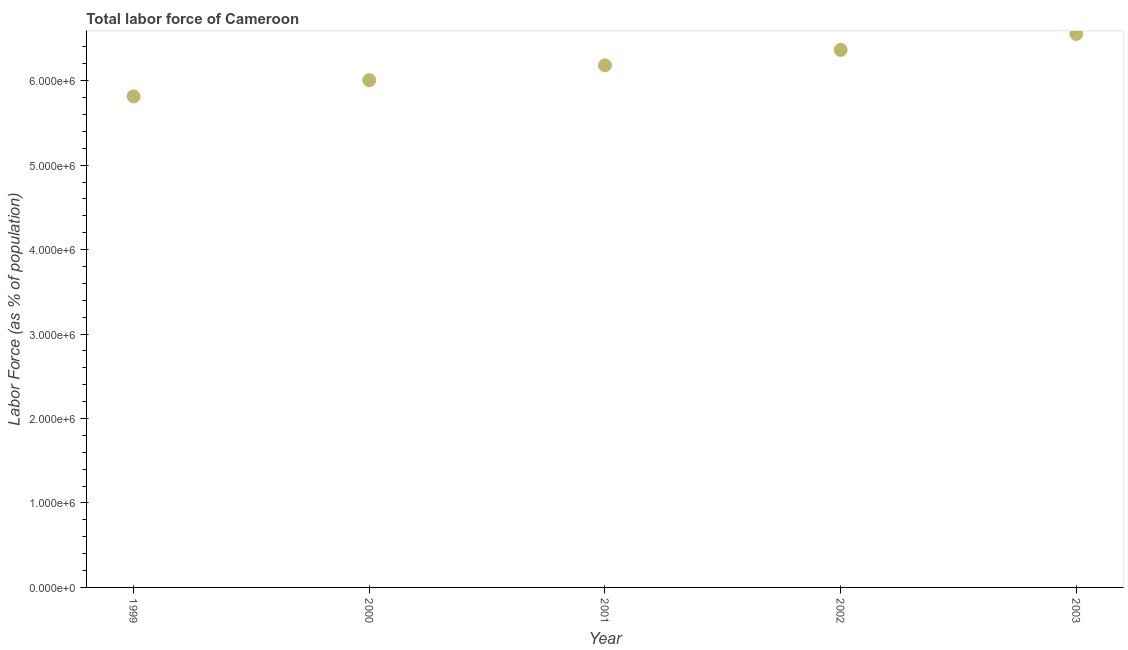
| Year | Labor force |
 | --- | --- |
 | 1999 | 5.81e+06 |
 | 2000 | 6.01e+06 |
 | 2001 | 6.18e+06 |
 | 2002 | 6.36e+06 |
 | 2003 | 6.55e+06 |